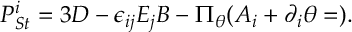
{ \cal P } _ { S t } ^ { i } = 3 D - \epsilon _ { i j } E _ { j } B - \Pi _ { \theta } ( A _ { i } + \partial _ { i } \theta = ) .